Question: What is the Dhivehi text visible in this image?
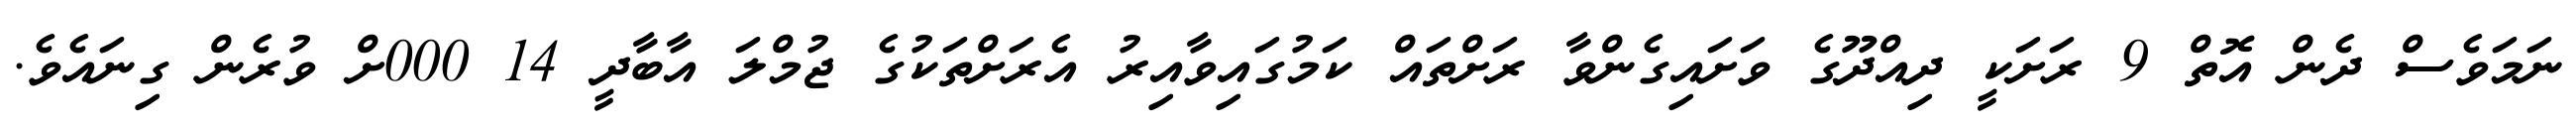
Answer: ނަމަވެސް ދެން އޮތް 9 ރަށަކީ ދިއްދޫގެ ވަށައިގެންވާ ރަށްތައް ކަމުގައިވާއިރު އެރަށްތަކުގެ ޖުމްލަ އާބާދީ 14 000ށް ވުރެން ގިނައެވެ.